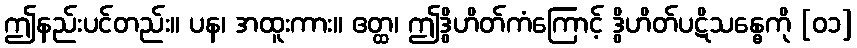
ဤနည်းပင်တည်း။ ပန၊ အထူးကား။ ဧတ္ထ၊ ဤဒွိဟိတ်ကံကြောင့် ဒွိဟိတ်ပဋိသန္ဓေကို [၀၁]